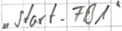
Text: "Start_FB1"